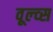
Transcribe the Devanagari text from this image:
वूल्व्स